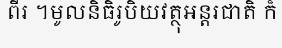
ពីរ ។មូលនិធិរូបិយវត្ថុអន្តរជាតិ ក៏